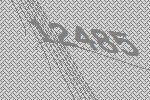
12485